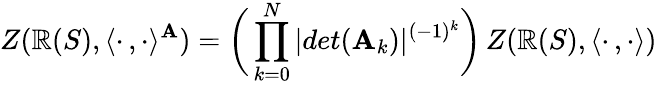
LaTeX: Z(\mathbb{R}(S),\langle\cdot\, ,\cdot\rangle^{\mathbf{A}})=\biggl(\, \prod_{k=0}^{N}|det(\mathbf{A}_{k})|^{(-1)^{k}}\biggr)\, Z(\mathbb{R}(S),\langle\cdot\, ,\cdot\rangle)